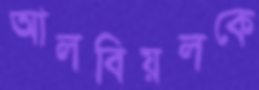
আলবিয়লকে